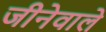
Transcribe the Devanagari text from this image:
जीनेवाले